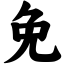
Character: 免